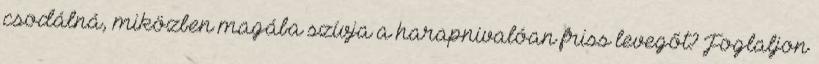
csodálná, miközben magába szívja a harapnivalóan friss levegőt? Foglaljon